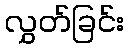
လွှတ်ခြင်း